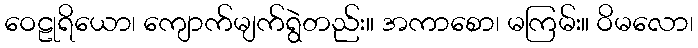
ဝေဠုရိယော၊ ကျောက်မျက်ရွဲတည်း။ အကာစော၊ မကြမ်း။ ဝိမလော၊